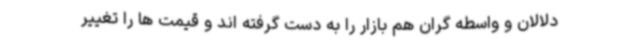
دلالان و واسطه گران هم بازار را به دست گرفته اند و قیمت ها را تغییر